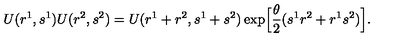
U ( r ^ { 1 } , s ^ { 1 } ) U ( r ^ { 2 } , s ^ { 2 } ) = U ( r ^ { 1 } + r ^ { 2 } , s ^ { 1 } + s ^ { 2 } ) \exp \Bigl [ \frac { \theta } { 2 } ( s ^ { 1 } r ^ { 2 } + r ^ { 1 } s ^ { 2 } ) \Bigr ] .